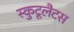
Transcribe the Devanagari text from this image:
स्कुटूलैटस